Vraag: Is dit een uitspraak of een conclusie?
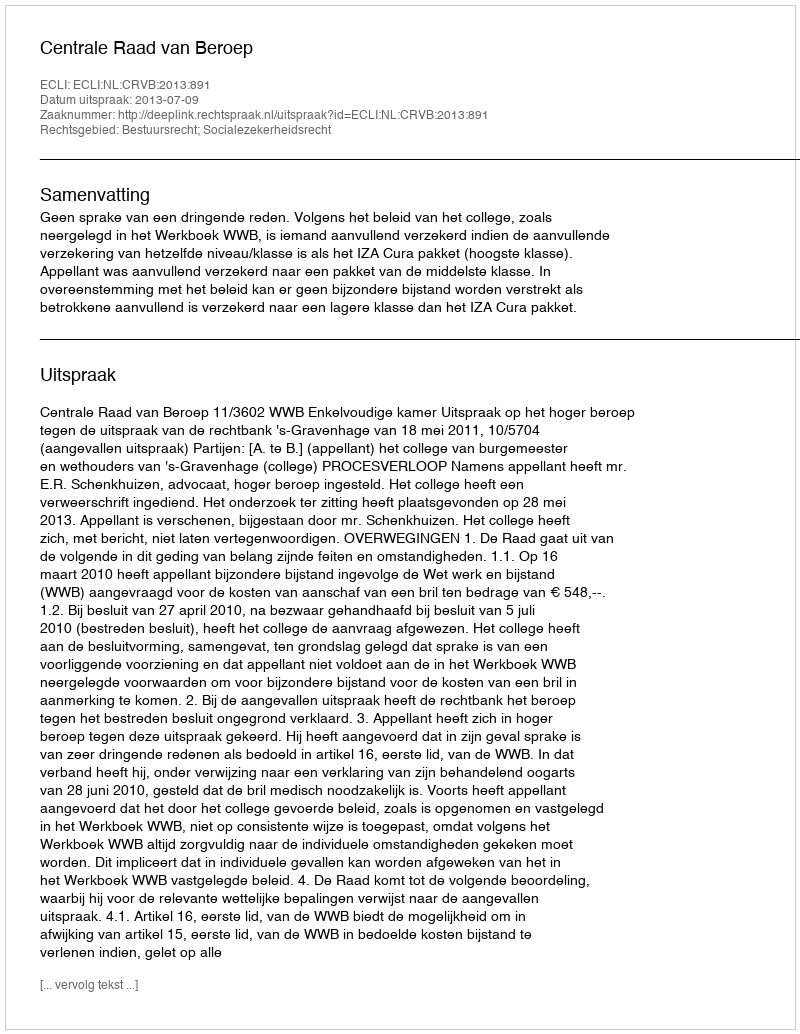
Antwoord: Uitspraak